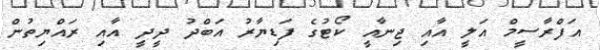
އަފްރާސީމް އަލީ އާއި ޖިނާއީ ކޯޓުގެ ފަޑިޔާރު އަބްދު ދީދީ އާއި ރައްޔިތުން